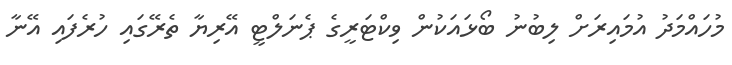
މުހައްމަދު އުމައިރަށް ލިބުނު ބޯޅައަކުން ވިކްޓަރީގެ ޕެނަލްޓީ އޭރިޔާ ތެރޭގައި ހުރެފައި އޭނާ